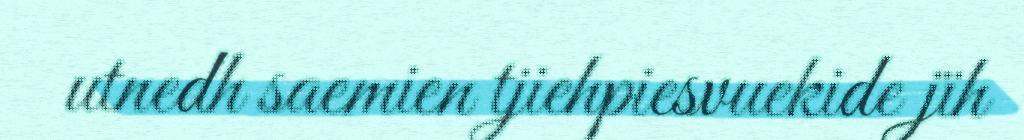
utnedh saemien tjiehpiesvuekide jïh